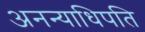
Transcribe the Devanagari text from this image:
अनन्याधिपति